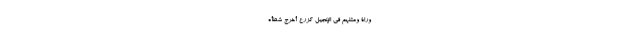
َوْرَاةِ وَمَثَلُهُمْ فِي الْإِنْجِيلِ كَزَرْعٍ أَخْرَجَ شَطْأَهُ